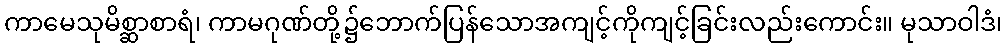
ကာမေသုမိစ္ဆာစာရံ၊ ကာမဂုဏ်တို့၌ဘောက်ပြန်သောအကျင့်ကိုကျင့်ခြင်းလည်းကောင်း။ မုသာဝါဒံ၊